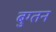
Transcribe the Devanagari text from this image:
बुग्तन